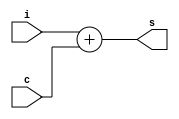
`timescale 1ns / 1ps
//////////////////////////////////////////////////////////////////////////////////
// Company: 
// Engineer: 
// 
// Design Name: 
// Module Name: sum
// Project Name: 
// Target Devices: 
// Tool Versions: 
// Description: 
// 
// Dependencies: 
// 
// Revision:
// Revision 0.01 - File Created
// Additional Comments:
// 
//////////////////////////////////////////////////////////////////////////////////


module sum(input i, c, output s);
    assign s = i + c;
endmodule